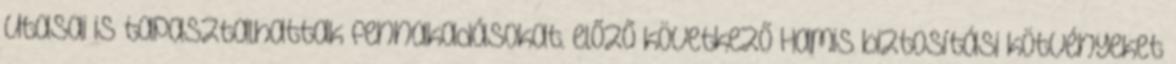
utasai is tapasztalhattak fennakadásokat. előző következő Hamis biztosítási kötvényeket